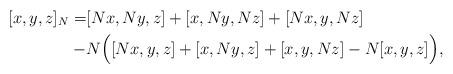
LaTeX: \begin{align*}[x,y,z]_N=& [Nx,Ny,z]+[x,Ny,Nz]+[Nx,y,Nz]\\-& N\Big([Nx,y,z]+[x,Ny,z]+[x,y,Nz] -N [x,y,z] \Big),\end{align*}